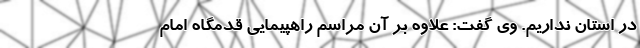
در استان نداریم. وی گفت: علاوه بر آن مراسم راهپیمایی قدمگاه امام